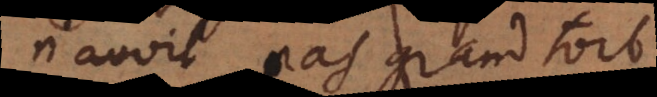
n’avoit pas grand tort